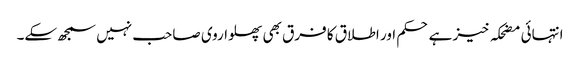
انتہائی مضحکہ خیز ہے حکم اور اطلاق کا فرق بھی پھلواروی صاحب نہیں سمجھ سکے۔